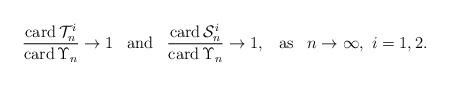
LaTeX: \begin{align*}\frac{\mathrm{card}\, \mathcal{T}^i_n}{\mathrm{card}\, \Upsilon_n} \rightarrow 1 \mbox{\,\,\, and \,\,\,} \frac{\mathrm{card}\, \mathcal{S}^i_n}{\mathrm{card}\, \Upsilon_n} \rightarrow 1, \mbox{\,\,\, as \,\,\,} n\rightarrow \infty, \ i=1, 2.\end{align*}